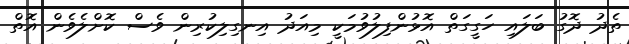
ތެދު ދޮގު ބަލައި ހަގީގަތް އޮޅުންފިލުވުމަކީ މިއަދު އިނގިލިކުރިން ވެސް ކޮށްލެވެން އޮތް